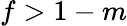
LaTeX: f>1-m